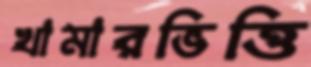
খামারভিত্তি